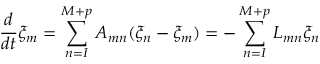
\frac { d } { d t } \xi _ { m } = \sum _ { n = I } ^ { M + p } A _ { m n } ( \xi _ { n } - \xi _ { m } ) = - \sum _ { n = I } ^ { M + p } L _ { m n } \xi _ { n }